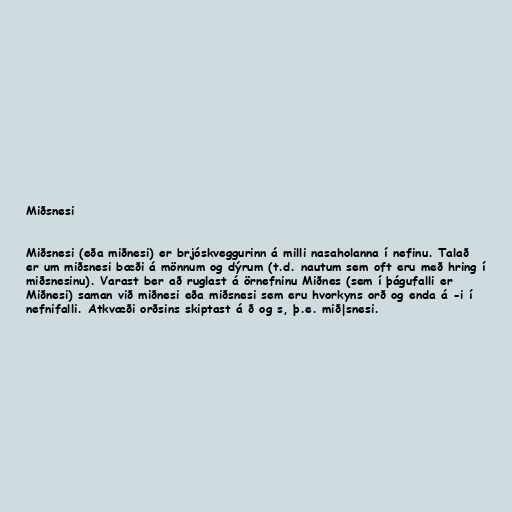
Miðsnesi

Miðsnesi (eða miðnesi) er brjóskveggurinn á milli nasaholanna í nefinu. Talað
er um miðsnesi bæði á mönnum og dýrum (t.d. nautum sem oft eru með hring í
miðsnesinu). Varast ber að ruglast á örnefninu Miðnes (sem í þágufalli er
Miðnesi) saman við miðnesi eða miðsnesi sem eru hvorkyns orð og enda á -i í
nefnifalli. Atkvæði orðsins skiptast á ð og s, þ.e. mið|snesi.